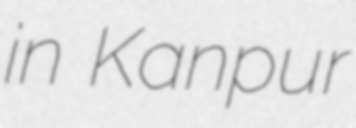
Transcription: in Kanpur